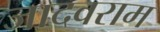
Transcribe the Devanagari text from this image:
जादवराम